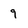
Character: 9